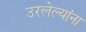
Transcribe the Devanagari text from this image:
उरलेल्यांना